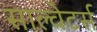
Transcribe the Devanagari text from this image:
साल्वेटर्स